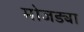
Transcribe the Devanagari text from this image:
मोजड्या